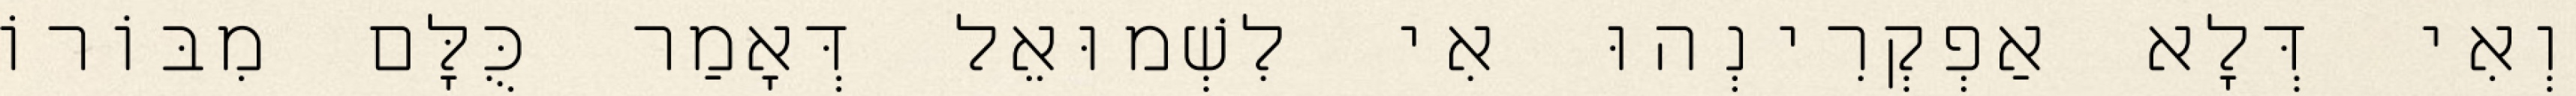
וְאִי דְּלָא אַפְקְרִינְהוּ אִי לִשְׁמוּאֵל דְּאָמַר כֻּלָּם מִבּוֹרוֹ